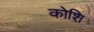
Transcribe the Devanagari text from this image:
कोशि